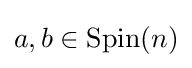
a,b\in \operatorname {Spin} (n)